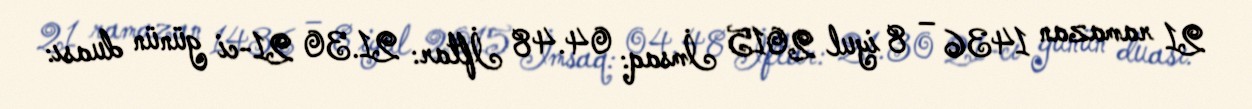
21 ramazan 1436 – 8 iyul 2015 İmsaq: 04.48 İftar: 21.30 21-ci günün duası: